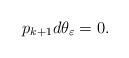
LaTeX: \begin{gather*} p_{k+1}d\theta_\varepsilon = 0.\end{gather*}